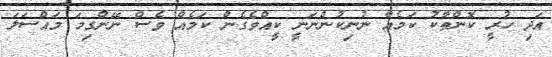
އަދި ހުރީ ކޮންތާކު ކަމެއް ނުނިކުންނަނީ ކީއްވެގެން ކަމެއް ވެސް ނޭންގިމަ މައްސަލަ